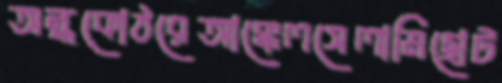
অন্ধকোঠরেআক্কেলসেলামিছোট